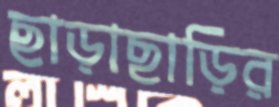
ছাড়াছাড়ির